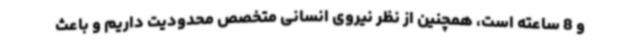
و 8 ساعته است، همچنین از نظر نیروی انسانی متخصص محدودیت داریم و باعث